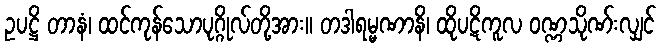
ဥပဋ္ဌိ တာနံ၊ ထင်ကုန်သောပုဂ္ဂိုလ်တို့အား။ တဒါရမ္မဏာနိ၊ ထိုပဋိကူလ ဝဏ္ဏသိုဏ်းလျှင်